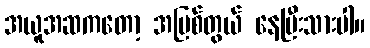
အယူအဆကတော့ အမြစ်တွယ် နေပြီးသားပါ။